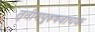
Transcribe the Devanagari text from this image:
तृतीयपुरुषवाचक